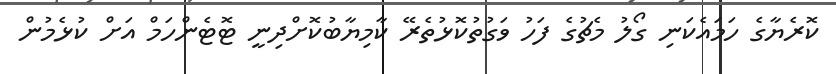
ކޮރެޔާގެ ހަމައެކަނި ގޯލު މެޗުގެ ފަހު ވަގުތުކޮޅުތެރޭ ކާމިޔާބުކޮށްދިނީ ޓޮޓެންހަމް އަށް ކުޅެމުން